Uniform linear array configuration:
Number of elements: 8
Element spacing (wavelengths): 0.25
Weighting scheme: hann
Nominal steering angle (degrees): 15
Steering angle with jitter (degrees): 15.175
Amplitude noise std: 0.05
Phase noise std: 0.05

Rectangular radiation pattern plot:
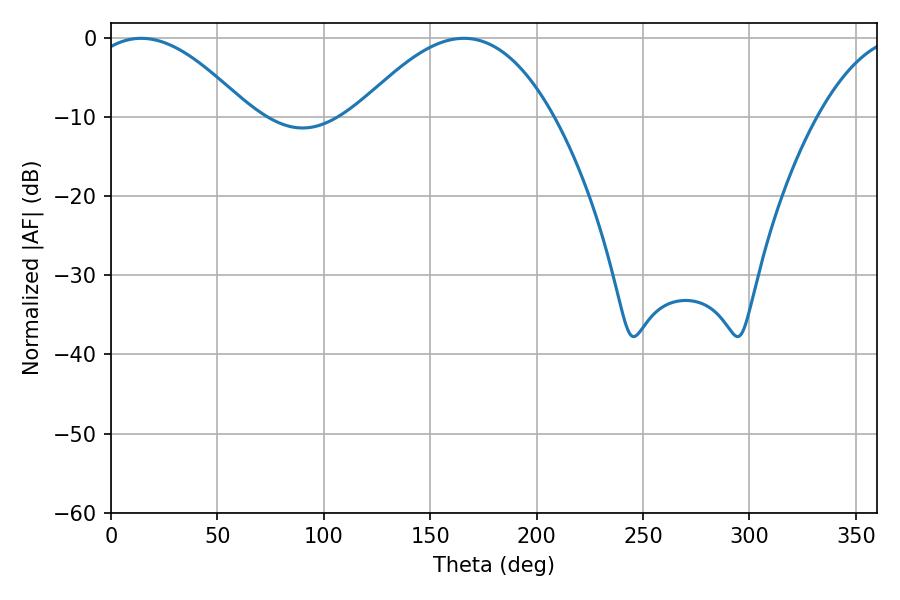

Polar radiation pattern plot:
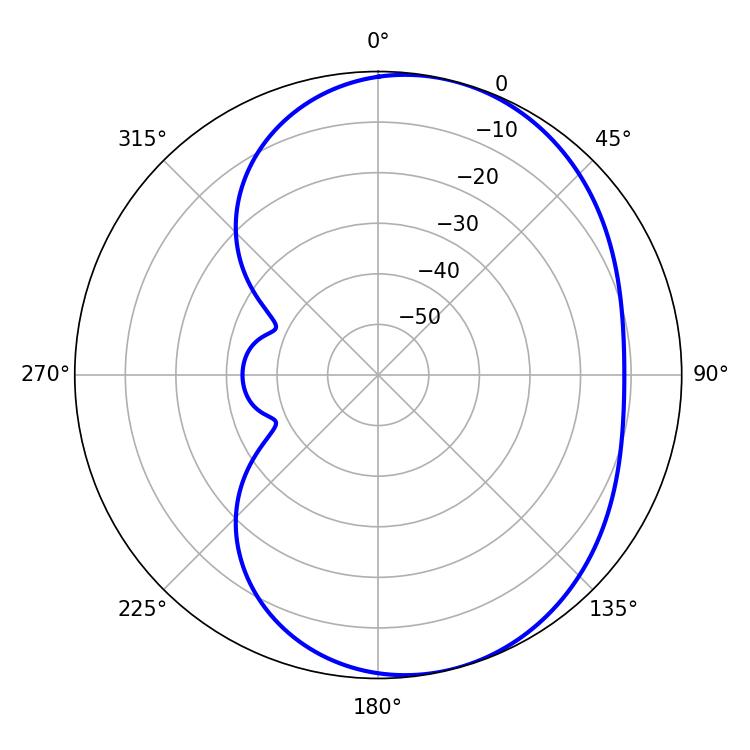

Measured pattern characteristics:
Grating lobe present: FALSE
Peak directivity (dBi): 5.444
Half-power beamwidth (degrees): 41.04
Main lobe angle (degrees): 14.22